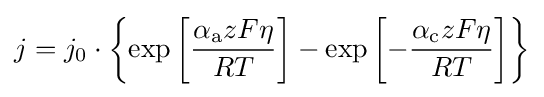
j=j_{0}\cdot \left\{\exp \left[{\frac {\alpha _{\rm {a}}zF\eta }{RT}}\right]-\exp \left[-{\frac {\alpha _{\rm {c}}zF\eta }{RT}}\right]\right\}